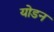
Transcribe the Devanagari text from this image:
योडन